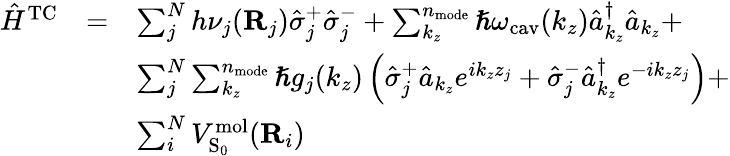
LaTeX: \begin{array}{ccl}{{\hat{H}}^{\mathrm{TC}}}&{=}&{\sum_{j}^{N}h\nu_{j}(\mathbf R_{j})\hat{\sigma}_{j}^{+}\hat{\sigma}_{j}^{-}+\sum_{k_{z}}^{n_{\mathrm{mode}}}\hslash\omega_{\mathrm{cav}}(k_{z})\hat{a}_{k_{z}}^{\dagger}\hat{a}_{k_{z}}+}\\ &&{\sum_{j}^{N}\sum_{k_{z}}^{n_{\mathrm{mode}}}\hslash g_{j}(k_{z})\left(\hat{\sigma}_{j}^{+}\hat{a}_{k_{z}}e^{ik_{z}z_{j}}+\hat{\sigma}_{j}^{-}\hat{a}_{k_{z}}^{\dagger}e^{-ik_{z}z_{j}}\right)+}\\ &&{\sum_{i}^{N}V_{\mathrm{S}_{0}}^{\mathrm{mol}}({\mathbf{R}}_{i})}\end{array}